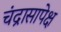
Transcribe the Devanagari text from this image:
चंद्रासापेक्ष